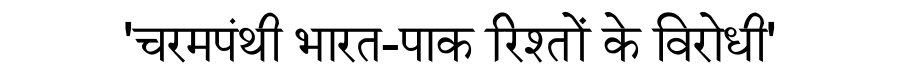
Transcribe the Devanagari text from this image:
'चरमपंथी भारत-पाक रिश्तों के विरोधी'